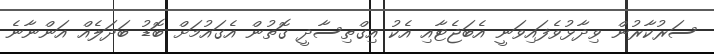
ސަރުކާރުން ވިދާޅުވެފައިވަނީ އެބަޖެޓާއި އެކު އިގްތިސާދީ ގޮތުން އެގައުމަށް ބޮޑު ބަދަލެއް އަންނާނެ